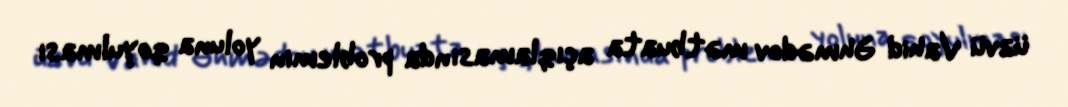
üzvü Vahid Əhmədov mətbuata açıqlamasında problemin yoluna qoyulması